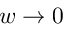
w \rightarrow 0